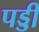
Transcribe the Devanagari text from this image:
पड्डी